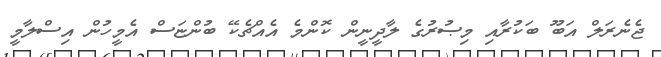
ޖެނެރަލް އަބޫ ބަކުރާއި މިޞުރުގެ ލާދީނީން ކޮންމެ އެއްޗެކޭ ބުންޏަސް އެމީހުން އިސްލާމީ